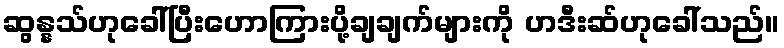
ဆွန္နသ်ဟုခေါ်ပြီးဟောကြားပို့ချချက်များကို ဟဒီးဆ်ဟုခေါ်သည်။